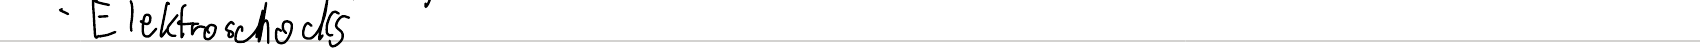
- Elektroschocks